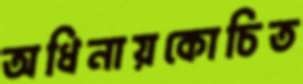
অধিনায়কোচিত